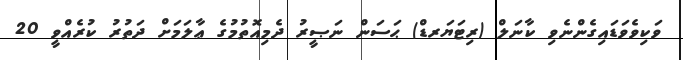
ވަކިވެވަޑައިގެންނެވި ކާނަލް (ރިޓަޔަރޑް) ޙަސަން ނަޞީރު ދެމިއޮތުމުގެ ޢާލަމަށް ދަތުރު ކުރެއްވީ 20